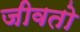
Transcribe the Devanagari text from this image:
जीवतो